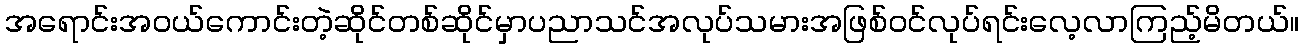
အရောင်းအဝယ်ကောင်းတဲ့ဆိုင်တစ်ဆိုင်မှာပညာသင်အလုပ်သမားအဖြစ်ဝင်လုပ်ရင်းလေ့လာကြည့်မိတယ်။